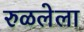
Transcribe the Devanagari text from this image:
रुळलेला